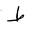
Letter: _da